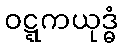
ဝဋ္ဋကယုဒ္ဓံ